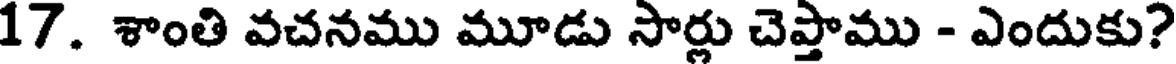
17. శాంతి వచనము మూడు సార్లు చెప్తాము - ఎందుకు?